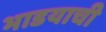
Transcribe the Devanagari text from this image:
भाडयाची